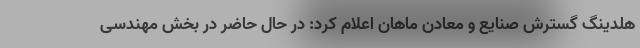
هلدینگ گسترش صنایع و معادن ماهان اعلام کرد: در حال حاضر در بخش مهندسی